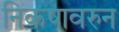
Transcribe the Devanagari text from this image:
निकषावरुन